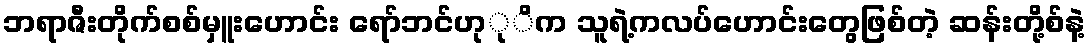
ဘရာဇီးတိုက်စစ်မှူးဟောင်း ရော်ဘင်ဟုုိက သူရဲ့ကလပ်ဟောင်းတွေဖြစ်တဲ့ ဆန်းတို့စ်နဲ့